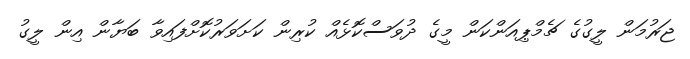
ޖަރުމަން ލީގުގެ ޗެމްޕިއަންކަން މީގެ ދުވަސްކޮޅެއް ކުރިން ކަށަވަރުކޮށްފައިވާ ބަޔާން އިން ލީގު